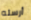
أرسله